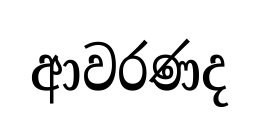
ආවරණද